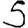
Digit: 5